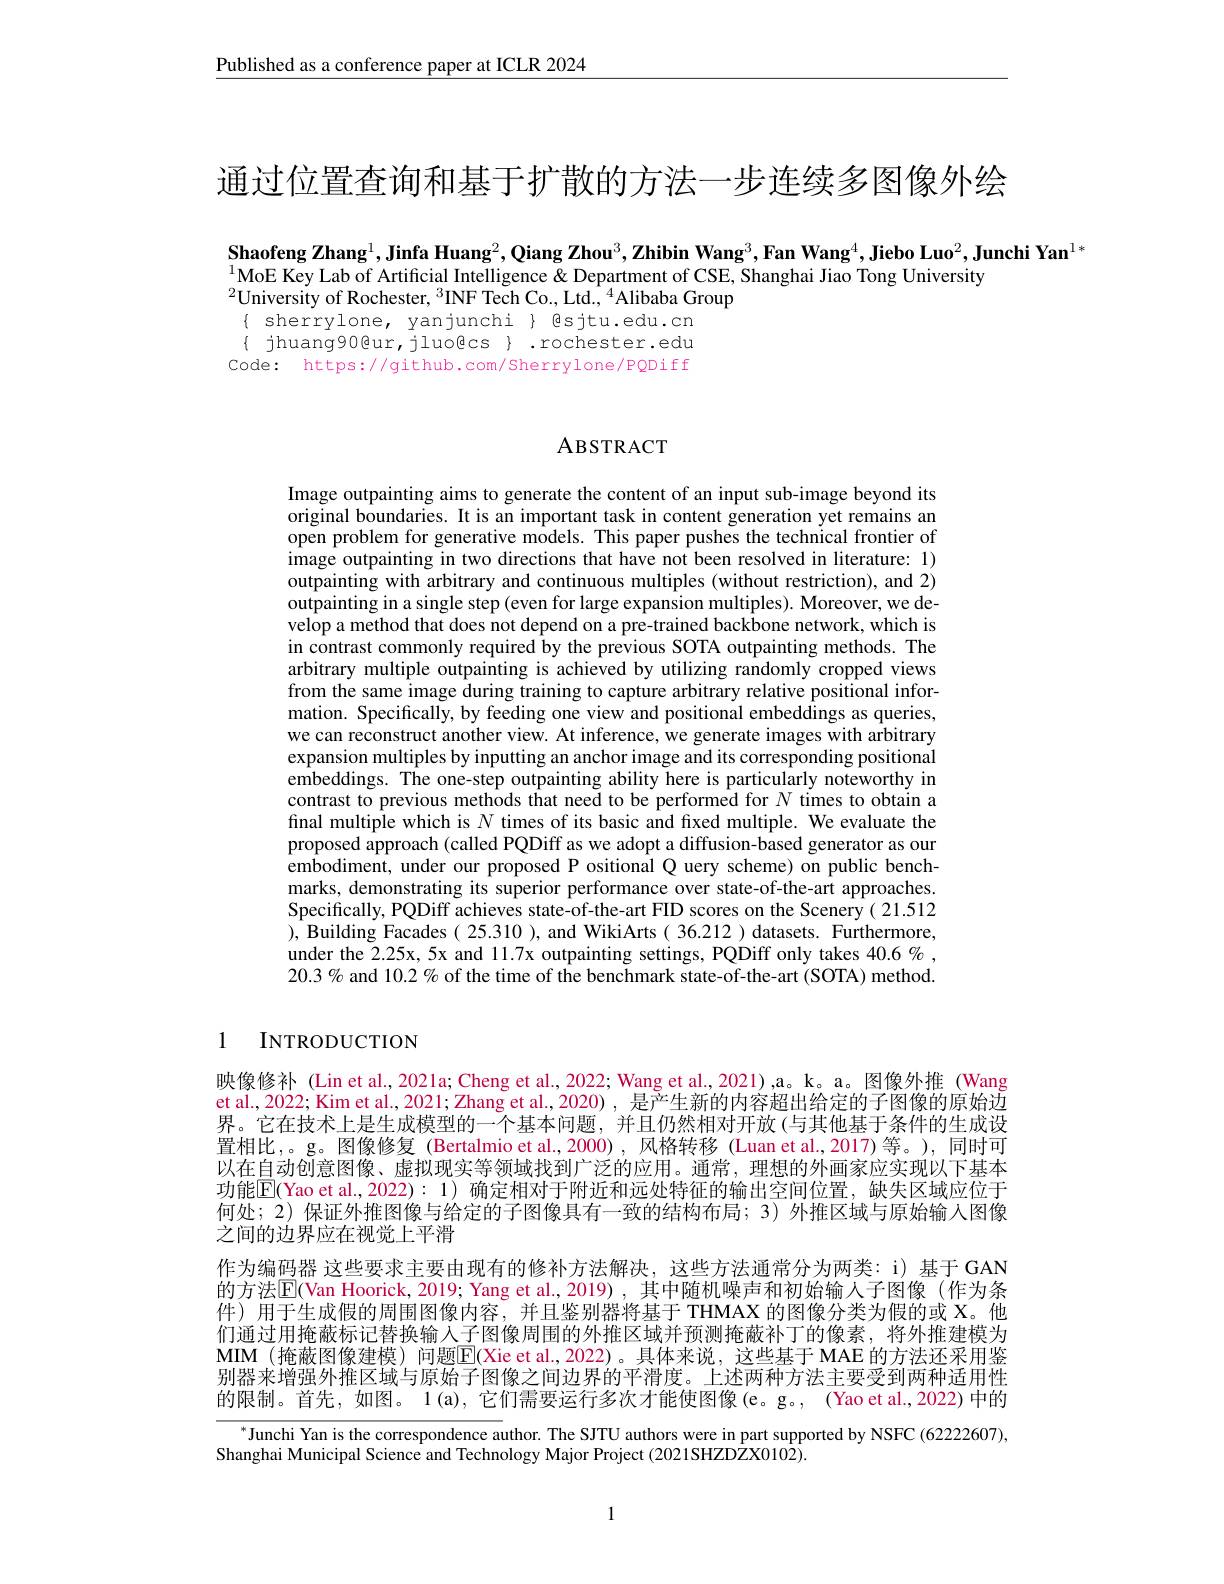
Published as a conference paper at ICLR 2024

通过位置查询和基于扩散的方法一步连续多图像外绘

Shaofeng Zhang$^1$,Jinfa Huang$^2,\textbf{Qiang Zhou}^3,\textbf{Zhibin Wang}^3,\textbf{Fan Wang}^4,\textbf{Jiebo Luo}^2,\textbf{Junchi Yan}^{1*}$
$^{1}$MoE Key Lab of Artificial Intelligence & Department of CSE, Shanghai Jiao Tong University
$^{2}$University of Rochester, $^3$INF Tech Co., Ltd., $^4$Alibaba Group
$\{$ sherrylone, yanjunchi $\}$ esjtu.edu.cn $\{$ jhuang90@ur, jluogcs $\}.$rochester.edu Code: https://github.com/Sherrylone/PQDiff

## ABSTRACT

Image outpainting aims to generate the content of an input sub-image beyond its original boundaries. It is an important task in content generation yet remains an open problem for generative models. This paper pushes the technical frontier of image outpainting in two directions that have not been resolved in literature: 1) outpainting with arbitrary and continuous multiples (without restriction), and 2) outpainting in a single step (even for large expansion multiples). Moreover, we develop a method that does not depend on a pre-trained backbone network, which is in contrast commonly required by the previous SOTA outpainting methods. The arbitrary multiple outpainting is achieved by utilizing randomly cropped views from the same image during training to capture arbitrary relative positional information. Specifically, by feeding one view and positional embeddings as queries, we can reconstruct another view. At inference, we generate images with arbitrary expansion multiples by inputting an anchor image and its corresponding positional embeddings. The one-step outpainting ability here is particularly noteworthy in contrast to previous methods that need to be performed for $N$ times to obtain a final multiple which is $N$ times of its basic and fixed multiple. We evaluate the proposed approach (called PQDiff as we adopt a diffusion-based generator as our embodiment, under our proposed P ositional Q uery scheme) on public benchmarks, demonstrating its superior performance over state-of-the-art approaches. Specifically, PQDiff achieves state-of-the-art FID scores on the Scenery( 21.512 ), Building Facades( 25.310 ), and WikiArts( 36.212 ) datasets. Furthermore, under the 2.25x, 5x and 11.7x outpainting settings, PQDiff only takes 40.6% , $20.3\%$ and 10.2 % of the time of the benchmark state-of-the-art (SOTA) method.

1 INTRODUCTION

映像修补 (Lin et al.,2021a; Cheng et al., 2022; Wang et al., 2021),a。k。a。图像外推 (Wang et al., 2022; Kim et al., 2021; Zhang et al., 2020) , 是产生新的内容超出给定的子图像的原始边界。它在技术上是生成模型的一个基本问题，并且仍然相对开放(与其他基于条件的生成设置相比，。g。图像修复(Bertalmio et al.,2000),风格转移(Luan et al.,2017)等。),同时可以在自动创意图像、虚拟现实等领域找到广泛的应用。通常，理想的外画家应实现以下基本功能$\overline{\mathrm{E}}($Yao et al.,2022): 1) 确定相对于附近和远处特征的输出空间位置，缺失区域应位于何处；2) 保证外推图像与给定的子图像具有一致的结构布局；3) 外推区域与原始输入图像之间的边界应在视觉上平滑
作为编码器 这些要求主要由现有的修补方法解决，这些方法通常分为两类：i)基于 GAN 的方法$\boxed{\mathrm{E}}($Van Hoorick, 2019; Yang et al., 2019), 其中随机噪声和初始输人子图像 (作为条件)用于生成假的周围图像内容，并且鉴别器将基于 THMAX 的图像分类为假的或 X。他们通过用掩蔽标记替换输人子图像周围的外推区域并预测掩蔽补丁的像素，将外推建模为MIM (掩蔽图像建模) 问题$\mathbb{E}($Xie et al.,2022)。具体来说，这些基于 MAE 的方法还采用鉴别器来增强外推区域与原始子图像之间边界的平滑度。上述两种方法主要受到两种适用性的限制。首先，如图。1(a), 它们需要运行多次才能使图像(e。g。, (Yao et al.,2022)中的

$^{*}$Junchi Yan is the correspondence author. The SJTU authors were in part supported by NSFC (622222607),
Shanghai Municipal Science and Technology Major Project (2021SHZDZX0102).

1